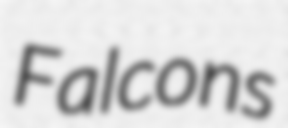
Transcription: Falcons